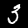
Label: 3